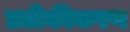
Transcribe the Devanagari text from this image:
प्रतीकीकरण